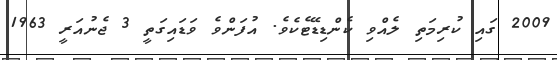
2009 ގައި ކުރިމަތި ލެއްވި ކެންޑިޑޭޓެކެވެ. އުފަންވެ ވަޑައިގަތީ 3 ޖެނުއަރީ 1963